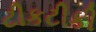
ટીકટીકી